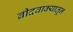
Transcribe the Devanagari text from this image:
ब्रीदवाक्यातून